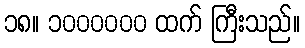
၁၈။ ၁၀၀၀၀၀၀ ထက် ကြီးသည်။